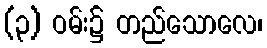
(၃) ဝမ်း၌ တည်သောလေ၊